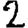
Digit: 2